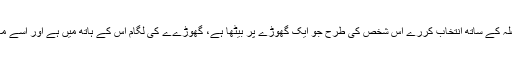
اپنے ہر فعل کا ارادہ فکر اور فیصلہ کے ساتھ انتخاب کررے اس شخص کی طرح جو ایک گھوڑے پر بیٹھا ہے، گھوڑےے کی لگام اس کے ہاتھ میں ہے اور اسے معلوم ہے کہ مجھے کہاں جانا ہے۔